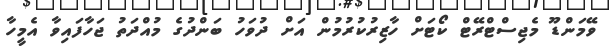
ވޭމަންޑޫ މެޖިސްޓްރޭޓް ކޯޓަށް ހާޒިރުކުރުމުން އަށް ދުވަހު ބަންދުގެ މުއްދަތު ޖަހާފައިވާ އެމީހާ